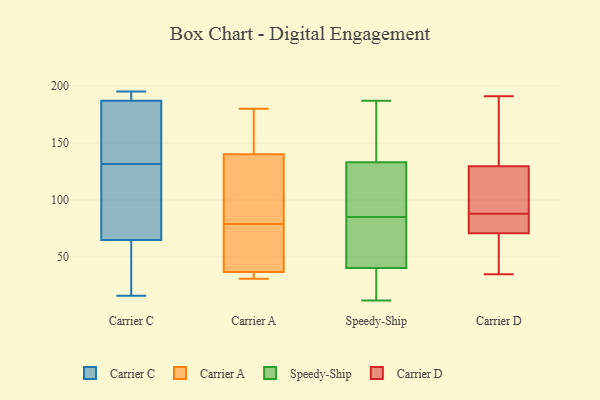
{"axis": {"x": "Demand Index", "y": "Value"}, "legend": ["Carrier A", "Carrier C", "Carrier D", "Speedy-Ship"], "data": [{"x": "", "y": 184, "type": "Carrier C"}, {"x": "", "y": 137, "type": "Carrier C"}, {"x": "", "y": 65, "type": "Carrier C"}, {"x": "", "y": 108, "type": "Carrier C"}, {"x": "", "y": 16, "type": "Carrier C"}, {"x": "", "y": 20, "type": "Carrier C"}, {"x": "", "y": 187, "type": "Carrier C"}, {"x": "", "y": 195, "type": "Carrier C"}, {"x": "", "y": 126, "type": "Carrier C"}, {"x": "", "y": 190, "type": "Carrier C"}, {"x": "", "y": 146, "type": "Carrier A"}, {"x": "", "y": 81, "type": "Carrier A"}, {"x": "", "y": 37, "type": "Carrier A"}, {"x": "", "y": 121, "type": "Carrier A"}, {"x": "", "y": 77, "type": "Carrier A"}, {"x": "", "y": 130, "type": "Carrier A"}, {"x": "", "y": 63, "type": "Carrier A"}, {"x": "", "y": 31, "type": "Carrier A"}, {"x": "", "y": 34, "type": "Carrier A"}, {"x": "", "y": 180, "type": "Carrier A"}, {"x": "", "y": 34, "type": "Carrier A"}, {"x": "", "y": 180, "type": "Carrier A"}, {"x": "", "y": 51, "type": "Carrier A"}, {"x": "", "y": 140, "type": "Carrier A"}, {"x": "", "y": 135, "type": "Speedy-Ship"}, {"x": "", "y": 38, "type": "Speedy-Ship"}, {"x": "", "y": 185, "type": "Speedy-Ship"}, {"x": "", "y": 12, "type": "Speedy-Ship"}, {"x": "", "y": 72, "type": "Speedy-Ship"}, {"x": "", "y": 131, "type": "Speedy-Ship"}, {"x": "", "y": 92, "type": "Speedy-Ship"}, {"x": "", "y": 43, "type": "Speedy-Ship"}, {"x": "", "y": 58, "type": "Speedy-Ship"}, {"x": "", "y": 165, "type": "Speedy-Ship"}, {"x": "", "y": 120, "type": "Speedy-Ship"}, {"x": "", "y": 86, "type": "Speedy-Ship"}, {"x": "", "y": 59, "type": "Speedy-Ship"}, {"x": "", "y": 17, "type": "Speedy-Ship"}, {"x": "", "y": 35, "type": "Speedy-Ship"}, {"x": "", "y": 115, "type": "Speedy-Ship"}, {"x": "", "y": 23, "type": "Speedy-Ship"}, {"x": "", "y": 162, "type": "Speedy-Ship"}, {"x": "", "y": 187, "type": "Speedy-Ship"}, {"x": "", "y": 84, "type": "Speedy-Ship"}, {"x": "", "y": 61, "type": "Carrier D"}, {"x": "", "y": 87, "type": "Carrier D"}, {"x": "", "y": 74, "type": "Carrier D"}, {"x": "", "y": 113, "type": "Carrier D"}, {"x": "", "y": 101, "type": "Carrier D"}, {"x": "", "y": 88, "type": "Carrier D"}, {"x": "", "y": 152, "type": "Carrier D"}, {"x": "", "y": 74, "type": "Carrier D"}, {"x": "", "y": 155, "type": "Carrier D"}, {"x": "", "y": 122, "type": "Carrier D"}, {"x": "", "y": 191, "type": "Carrier D"}, {"x": "", "y": 35, "type": "Carrier D"}, {"x": "", "y": 56, "type": "Carrier D"}]}